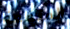
المنفعة